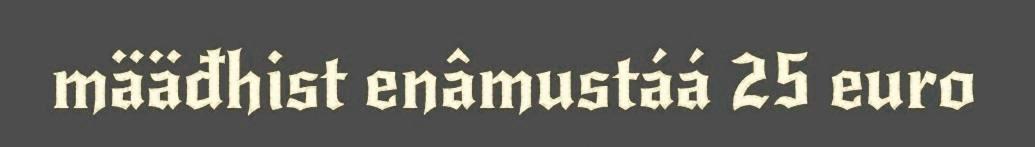
määđhist enâmustáá 25 euro